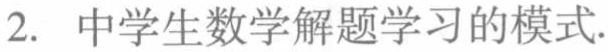
2. 中学生数学解题学习的模式.